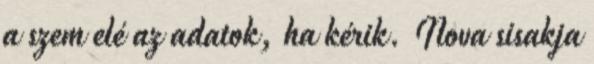
a szem elé az adatok, ha kérik. Nova sisakja